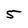
Character: 5